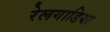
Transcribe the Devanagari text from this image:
रेलगाडिया